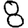
Digit: 8